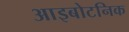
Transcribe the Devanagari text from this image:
आइबोटनिक